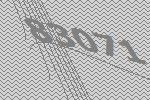
83071